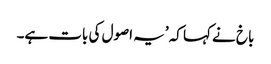
باخ نے کہا کہ ’یہ اصول کی بات ہے۔